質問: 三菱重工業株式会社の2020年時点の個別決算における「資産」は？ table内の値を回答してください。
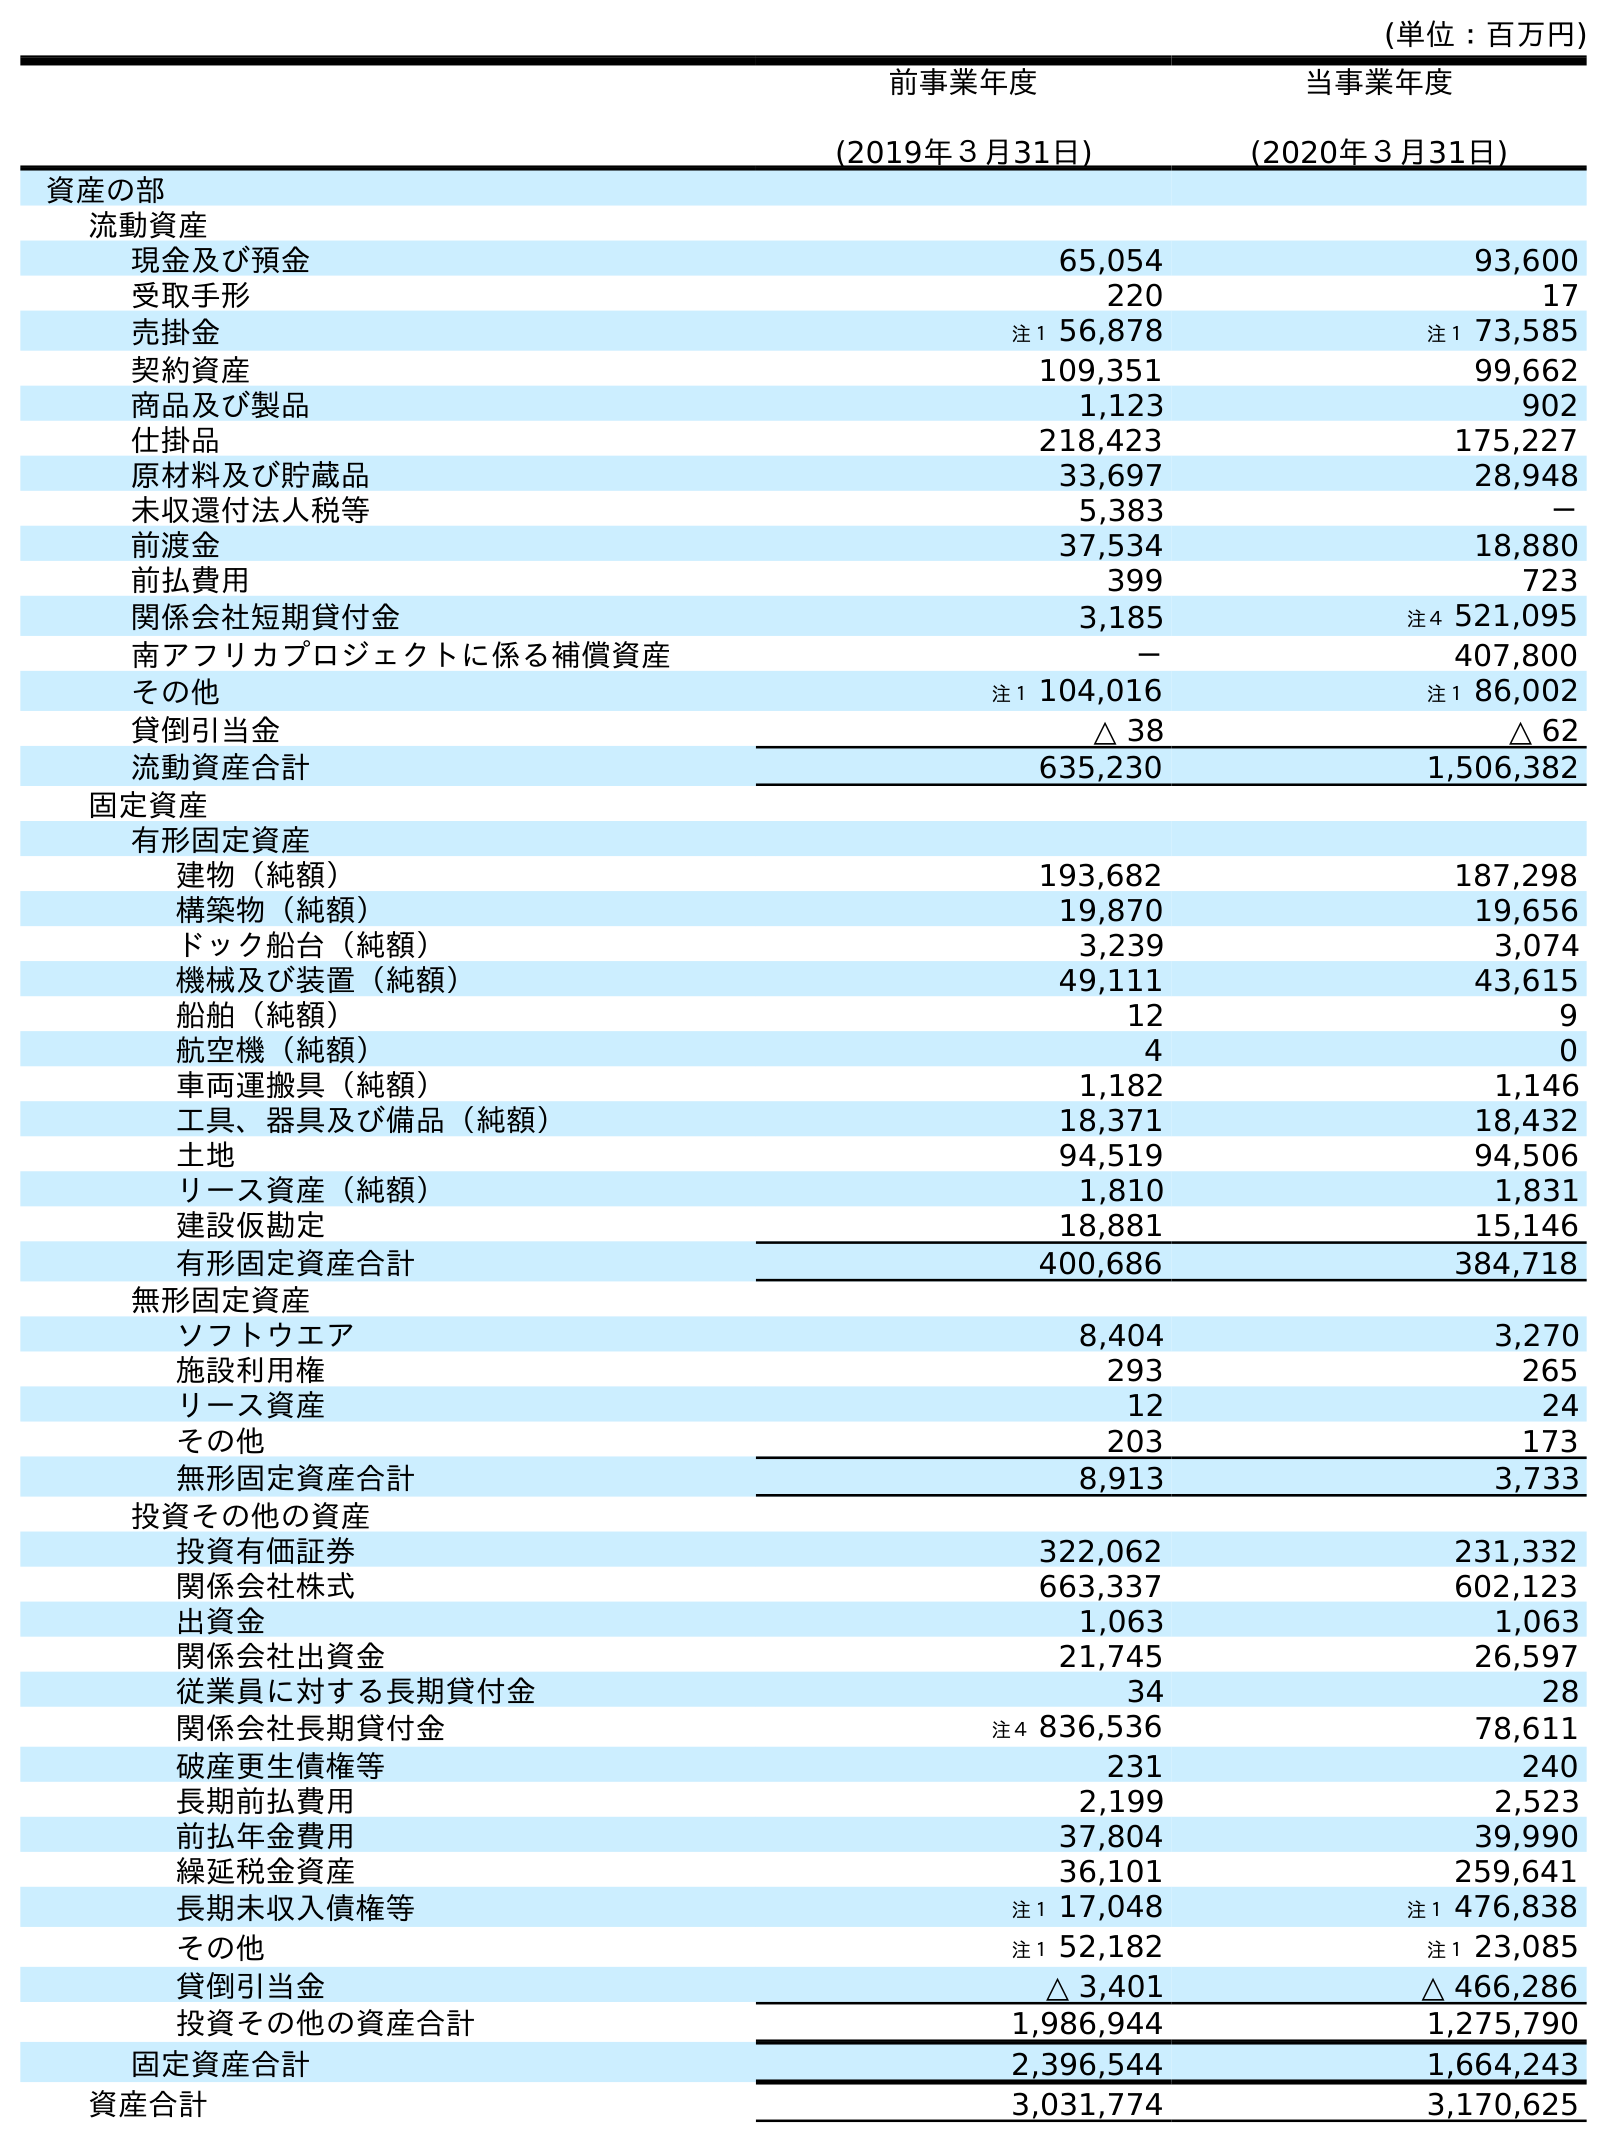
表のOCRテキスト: (単位：百万円) 前事業年度 (2019年３月31日) 当事業年度 (2020年３月31日) 資産の部 流動資産 現金及び預金 65,054 93,600 受取手形 220 17 売掛金 注１ 56,878 注１ 73,585 契約資産 109,351 99,662 商品及び製品 1,123 902 仕掛品 218,423 175,227 原材料及び貯蔵品 33,697 28,948 未収還付法人税等 5,383 － 前渡金 37,534 18,880 前払費用 399 723 関係会社短期貸付金 3,185 注４ 521,095 南アフリカプロジェクトに係る補償資産 － 407,800 その他 注１ 104,016 注１ 86,002 貸倒引当金 △ 38 △ 62 流動資産合計 635,230 1,506,382 固定資産 有形固定資産 建物（純額） 193,682 187,298 構築物（純額） 19,870 19,656 ドック船台（純額） 3,239 3,074 機械及び装置（純額） 49,111 43,615 船舶（純額） 12 9 航空機（純額） 4 0 車両運搬具（純額） 1,182 1,146 工具、器具及び備品（純額） 18,371 18,432 土地 94,519 94,506 リース資産（純額） 1,810 1,831 建設仮勘定 18,881 15,146 有形固定資産合計 400,686 384,718 無形固定資産 ソフトウエア 8,404 3,270 施設利用権 293 265 リース資産 12 24 その他 203 173 無形固定資産合計 8,913 3,733 投資その他の資産 投資有価証券 322,062 231,332 関係会社株式 663,337 602,123 出資金 1,063 1,063 関係会社出資金 21,745 26,597 従業員に対する長期貸付金 34 28 関係会社長期貸付金 注４ 836,536 78,611 破産更生債権等 231 240 長期前払費用 2,199 2,523 前払年金費用 37,804 39,990 繰延税金資産 36,101 259,641 長期未収入債権等 注１ 17,048 注１ 476,838 その他 注１ 52,182 注１ 23,085 貸倒引当金 △ 3,401 △ 466,286 投資その他の資産合計 1,986,944 1,275,790 固定資産合計 2,396,544 1,664,243 資産合計 3,031,774 3,170,625
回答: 3,170,625